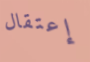
إعتقال